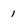
Character: 1